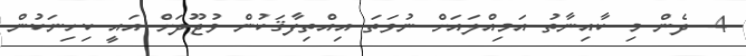
4- ދެން މި ކާއިނާތު އަމިއްލައަށް ނުވަތަ އިއްތިފާޤަކުން ވުޖޫދަށް އައީ ކިހިނަކުން